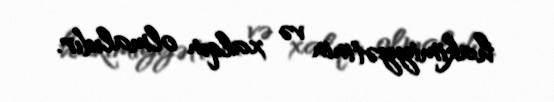
hakimiyyətinin və xalqın olmalıdır.